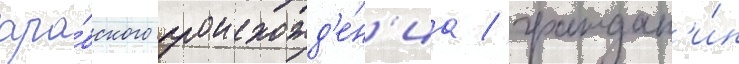
ара́бского происхожд'е́н'иа / граждан'и́н